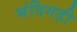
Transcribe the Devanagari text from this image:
भंदिगड़ी